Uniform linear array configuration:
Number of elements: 24
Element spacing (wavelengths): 0.75
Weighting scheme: hamming
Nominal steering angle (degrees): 60
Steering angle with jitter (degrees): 60.28
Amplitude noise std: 0.05
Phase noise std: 0.05

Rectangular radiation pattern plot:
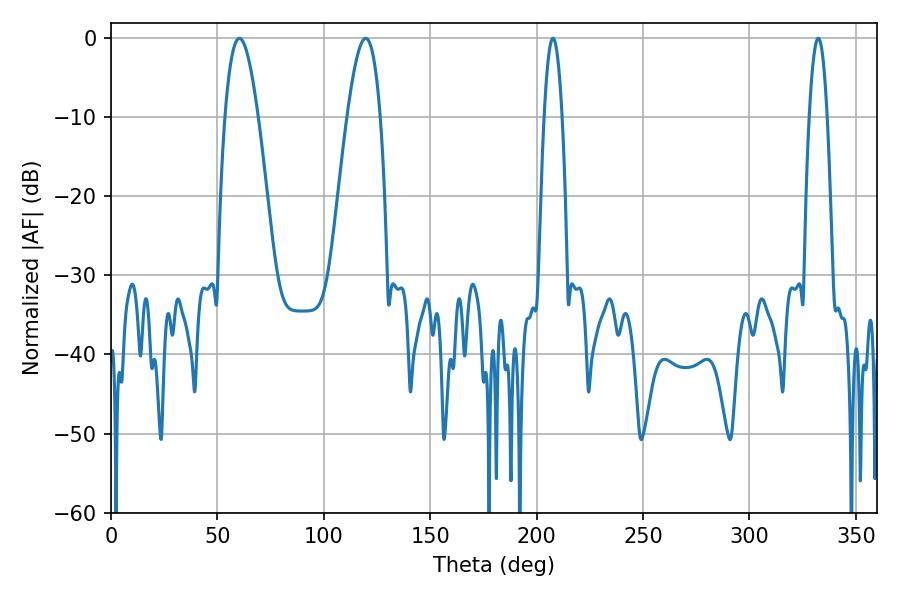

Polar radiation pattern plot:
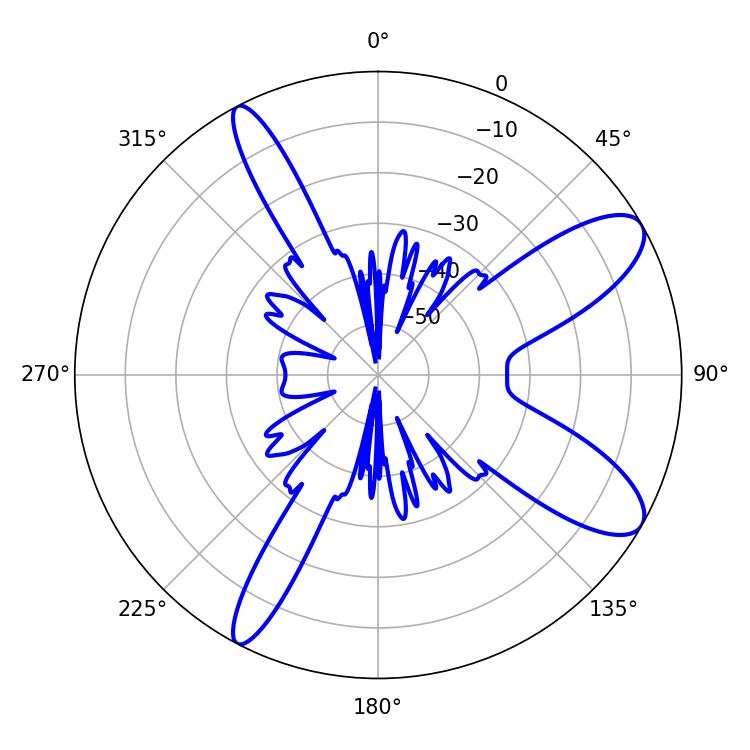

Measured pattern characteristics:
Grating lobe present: TRUE
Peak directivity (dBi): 10.025
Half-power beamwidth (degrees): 8.46
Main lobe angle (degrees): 60.3